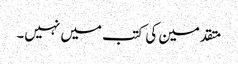
متقدمین کی کتب میں نہیں۔